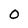
Character: O